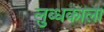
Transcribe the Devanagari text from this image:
लुब्धकाला